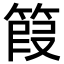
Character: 䈔